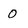
Character: 0